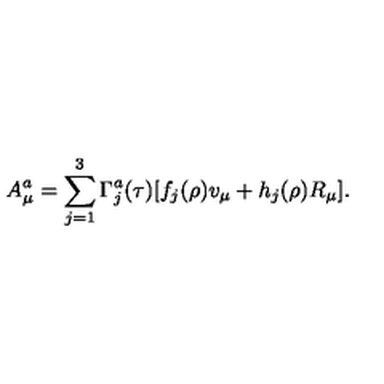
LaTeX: A _ { \mu } ^ { a } = \sum _ { j = 1 } ^ { 3 } \Gamma _ { j } ^ { a } ( \tau ) [ f _ { j } ( \rho ) v _ { \mu } + h _ { j } ( \rho ) R _ { \mu } ] .